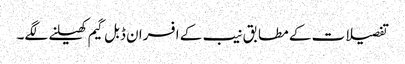
تفصیلات کے مطابق نیب کے افسران ڈبل گیم کھیلنے لگے۔